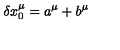
\delta x _ { 0 } ^ { \mu } = a ^ { \mu } + b ^ { \mu }